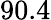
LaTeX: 90.4